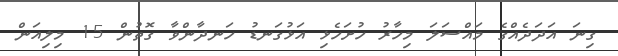
ގިނަ އަދަދެއްގެ މައްސަލަ މިހާރު ހުށަހެޅި އަޅުގަނޑު ހަނދާންވާ ގޮތުން 15 މިލިއަން